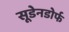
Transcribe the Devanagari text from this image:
सूडेनडोर्फ